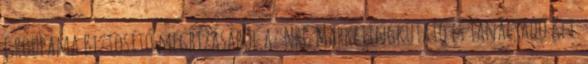
Groupama Biztosító megbízásából az NRC Marketingkutató és Tanácsadó Kft.